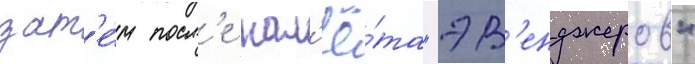
зат'е́м посл'е нал'ё́та "эв'енджеров"